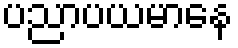
ပညာပယမာနေ